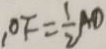
O F = \frac { 1 } { 2 } A D